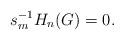
LaTeX: \begin{align*}s_{m}^{-1}H_{n}(G) = 0.\end{align*}